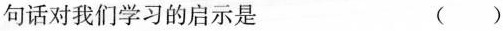
句话对我们学习的启示是 ()